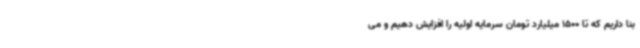
بنا داریم که تا 1500 میلیارد تومان سرمایه اولیه را افزایش دهیم و می